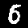
Label: 6